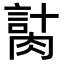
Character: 𦞍